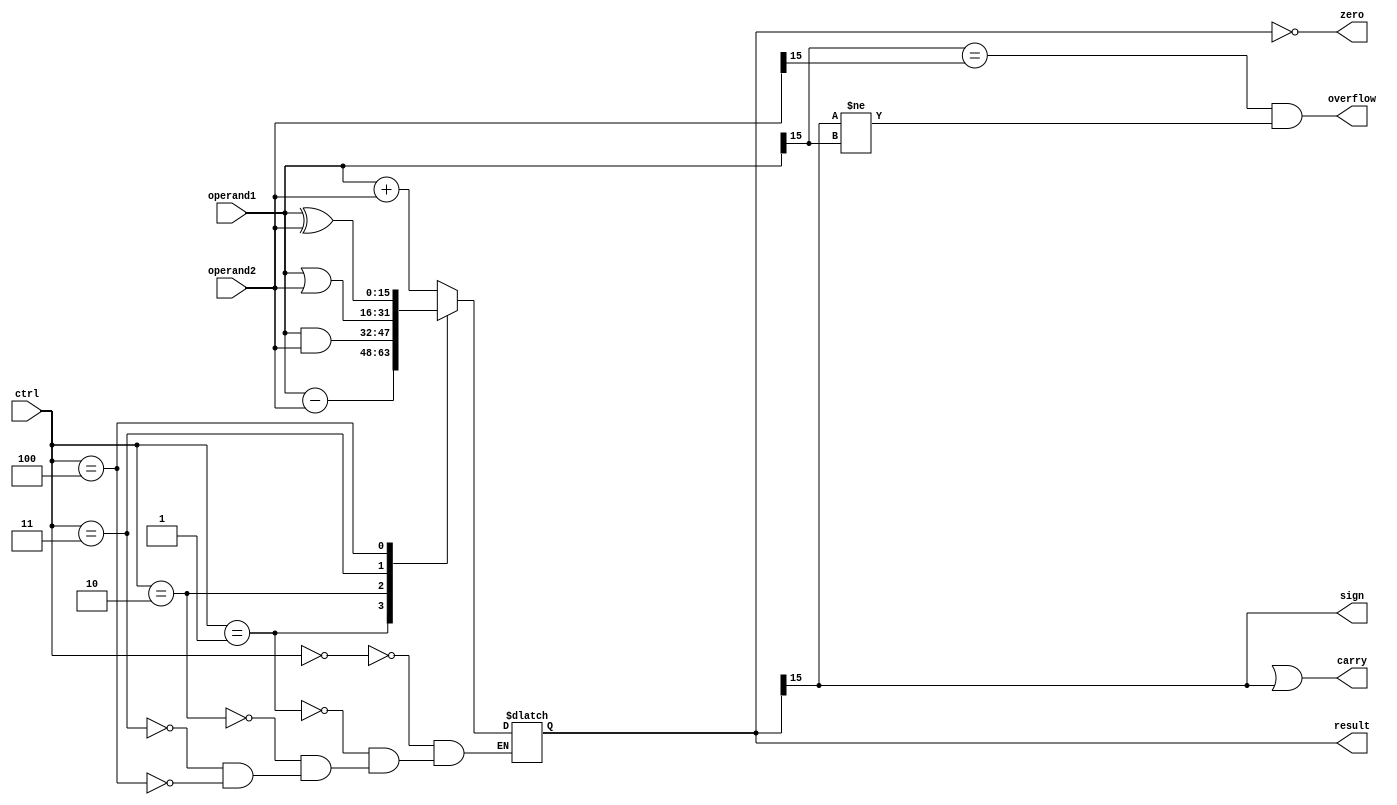
module ALU (
    input [15:0] operand1,
    input [15:0] operand2,
    input [3:0] ctrl,
    output [15:0] result,
    output zero,
    output sign,
    output overflow,
    output carry
);

reg [15:0] result;

always @(*)
begin
    case(ctrl)
        4'b0000: result = operand1 + operand2; // Addition
        4'b0001: result = operand1 - operand2; // Subtraction
        4'b0010: result = operand1 & operand2; // Bitwise AND
        4'b0011: result = operand1 | operand2; // Bitwise OR
        4'b0100: result = operand1 ^ operand2; // Bitwise XOR
    endcase
end

// Flags generation
assign zero = (result == 0);
assign sign = (result[15] == 1);
assign carry = (result[16] == 1 || result[15] == 1);
assign overflow = (operand1[15] == operand2[15] && result[15] != operand1[15]);

endmodule